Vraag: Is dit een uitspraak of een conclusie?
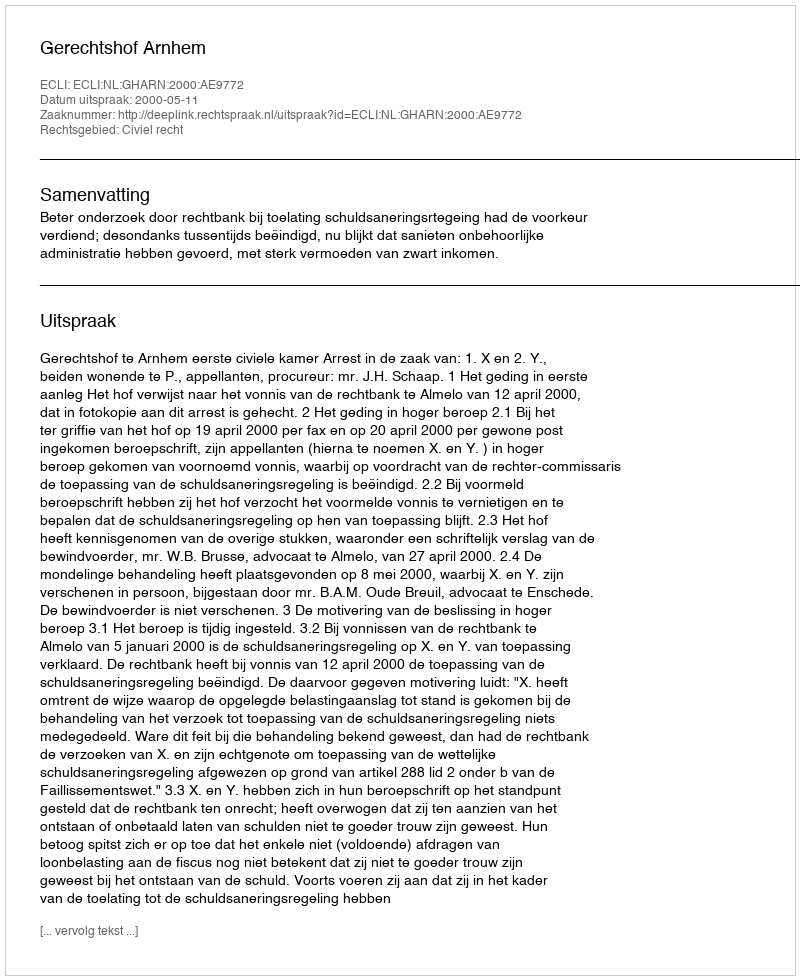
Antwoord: Uitspraak